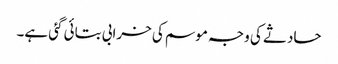
حادثے کی وجہ موسم کی خرابی بتائی گئی ہے۔